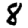
Digit: 8